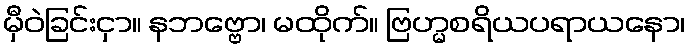
မှီဝဲခြင်းငှာ။ နဘဗ္ဗော၊ မထိုက်။ ဗြဟ္မစရိယပရာယနော၊